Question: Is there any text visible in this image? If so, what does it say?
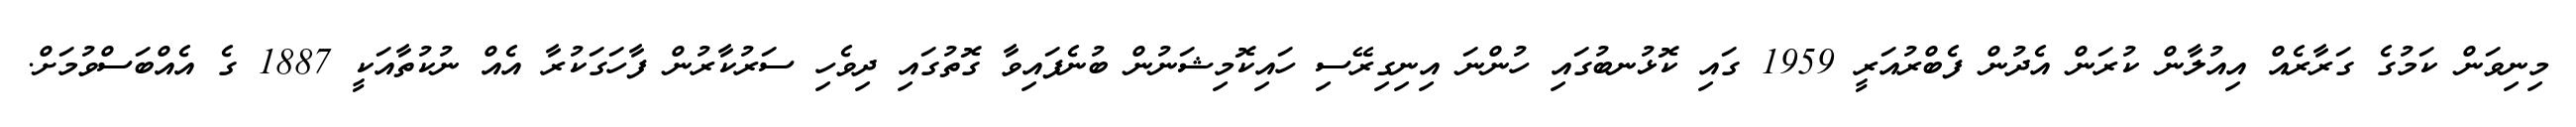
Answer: މިނިވަން ކަމުގެ ގަރާރެއް އިއުލާން ކުރަން އެދުން ފެބްރުއަރީ 1959 ގައި ކޮޅުނބުގައި ހުންނަ އިނިގިރޭސި ހައިކޮމިޝަނުން ބުނެފައިވާ ގޮތުގައި ދިވެހި ސަރުކާރުން ފާހަގަކުރާ އެއް ނުކުތާއަކީ 1887 ގެ އެއްބަސްވުމަށް.